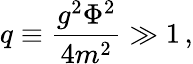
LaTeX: q\equiv\frac{g^{2}\Phi^{2}}{4m^{2}}\gg 1\, ,